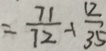
= \frac { 7 1 } { 7 2 } - 1 \frac { 1 2 } { 3 5 }